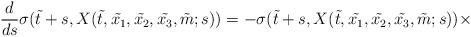
LaTeX: \begin{align*}\frac{d}{ds}\sigma(\tilde{t} +s, X (\tilde{t} , \tilde{x_1},\tilde{x_2}, \tilde{x_3}, \tilde{m}; s)) = - \sigma (\tilde{t} +s,X (\tilde{t} , \tilde{x_1}, \tilde{x_2}, \tilde{x_3}, \tilde{m}; s)) \times\end{align*}